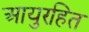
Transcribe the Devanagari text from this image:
आयुरहित